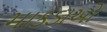
માકડાઓ